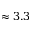
\approx 3 . 3